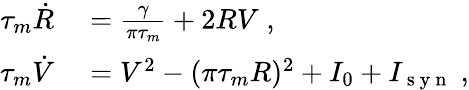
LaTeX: \begin{array}{rl}{\tau_{m}\dot{R}}&{{}=\frac{\gamma}{\pi\tau_{m}}+2RV\; ,}\\ {\tau_{m}\dot{V}}&{{}=V^{2}-(\pi\tau_{m}R)^{2}+I_{0}+I_{\mathrm{~s~y~n~}}\; ,}\end{array}